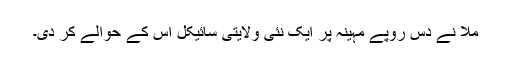
ملّا نے دس روپے مہینہ پر ایک نئی ولایتی سائیکل اس کے حوالے کر دی۔